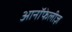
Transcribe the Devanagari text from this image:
आनॉफेलीज़